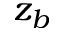
z _ { b }